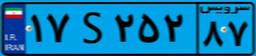
۳۵S۷۳۲۰۰